画像に写った文字を読んでください
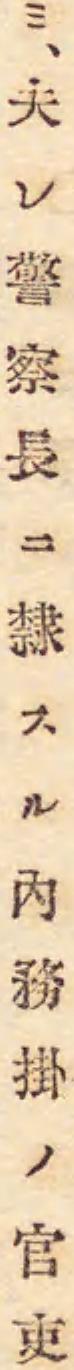
「ミ、夫レ警察長ニ隸スル內務掛ノ官吏」と書いてあります